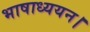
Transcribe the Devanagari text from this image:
भाषाध्ययन।